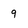
Character: 9